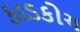
કાડકોચ